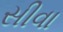
સીવા